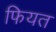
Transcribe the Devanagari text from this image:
फियत